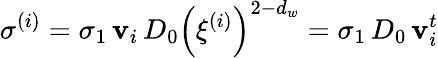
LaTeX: \sigma^{(i)}=\sigma_{1}\, \mathbf{v}_{i}\, D_{0}\left(\xi^{(i)}\right)^{2-d_{w}}=\sigma_{1}\, D_{0}\, \mathbf{v}_{i}^{t}